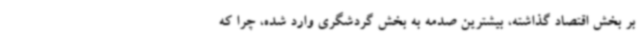
بر بخش اقتصاد گذاشته، بیشترین صدمه به بخش گردشگری وارد شده، چرا که